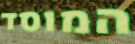
המוסד